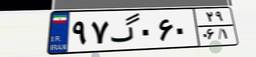
۹۷گ۰۶۰۲۹